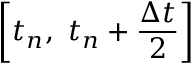
\left[ { { t } _ { n } } , \ { { t } _ { n } } + \frac { \Delta t } { 2 } \right]